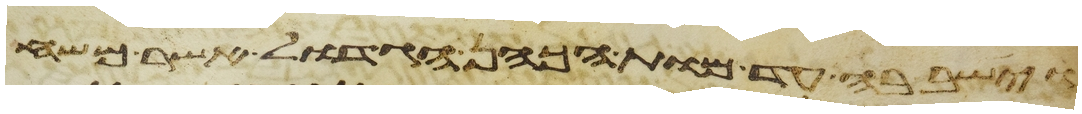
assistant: וישב בה עד מות הכהן הגדול אשר משח